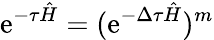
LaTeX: \mathrm{e}^{-\tau\hat{H}}=(\mathrm{e}^{-\Delta\tau\hat{H}})^{m}